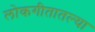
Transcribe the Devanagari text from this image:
लोकगीतातल्या